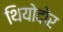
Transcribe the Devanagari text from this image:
थियोदोर